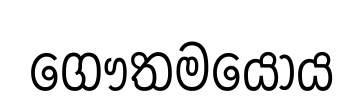
ගෞතමයෝය